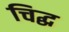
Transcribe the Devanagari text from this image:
चिद्ध